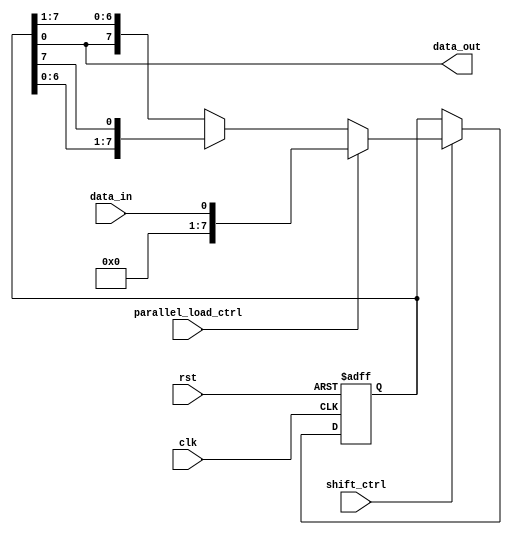
module universal_shift_register (
  input wire clk,
  input wire rst,
  input wire shift_ctrl,
  input wire parallel_load_ctrl,
  input wire data_in,
  output wire data_out
);

reg [7:0] shift_reg;

always @(posedge clk or posedge rst) begin
  if (rst) begin
    shift_reg <= 8'h00; // initialize shift register to all zeros
  end else begin
    if (shift_ctrl) begin
      if (parallel_load_ctrl) begin
        shift_reg <= data_in; // parallel load mode
      end else begin
        if (shift_left) begin
          shift_reg <= {shift_reg[6:0], shift_reg[7]}; // shift left mode
        end else begin
          shift_reg <= {shift_reg[0], shift_reg[7:1]}; // shift right mode
        end
      end
    end
  end
end

assign data_out = shift_reg;

endmodule